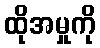
ထိုအမှုကို